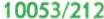
10053/212